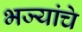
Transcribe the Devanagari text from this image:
भज्यांचे